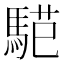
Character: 𱄟